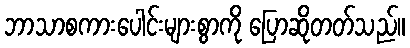
ဘာသာစကားပေါင်းများစွာကို ပြောဆိုတတ်သည်။